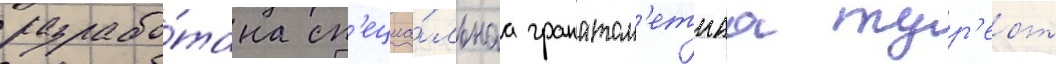
разрабо́тана сп'ециа́льнаа гранатом'етнаа тур'ель